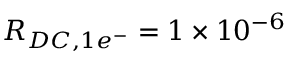
R _ { D C , 1 e ^ { - } } = 1 \times 1 0 ^ { - 6 }